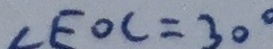
\angle E O C = 3 0 ^ { \circ }